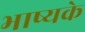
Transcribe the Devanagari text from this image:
भाष्यके